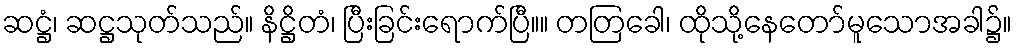
ဆဋ္ဌံ၊ ဆဋ္ဌသုတ်သည်။ နိဋ္ဌိတံ၊ ပြီးခြင်းရောက်ပြီ။။ တတြခေါ၊ ထိုသို့နေတော်မူသောအခါ၌။